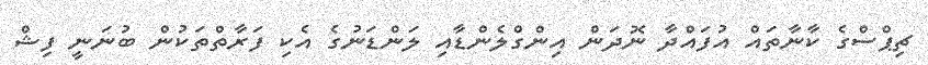
ޗިޕްސްގެ ކާނާތައް އުފައްދާ ނޮދަން އިންގްލެންޑާއި ލަންޑަނުގެ އެކި ފަރާތްތަކުން ބުނަނީ ފިޝް